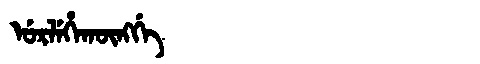
Manchu: ᡠᡵᠯᡝᡥᠠᡴᡡᠩᡤᡝ
Romanization: URLEHAKŪNGGE